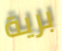
برية